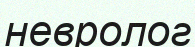
невролог